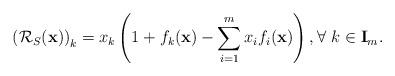
LaTeX: \begin{align*}\left(\mathcal{R}_{S}(\mathbf{x})\right)_k=x_k\left(1+f_k(\mathbf{x})-\sum\limits_{i=1}^mx_if_i(\mathbf{x})\right), \forall \ k\in\mathbf{I}_m.\end{align*}